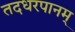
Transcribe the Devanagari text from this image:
तदधरपानम्